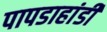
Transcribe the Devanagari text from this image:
पापडाहांडी